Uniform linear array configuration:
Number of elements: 16
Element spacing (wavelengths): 0.5
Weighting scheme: kaiser
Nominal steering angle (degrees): -45
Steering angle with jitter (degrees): -43.061
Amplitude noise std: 0.05
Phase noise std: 0.05

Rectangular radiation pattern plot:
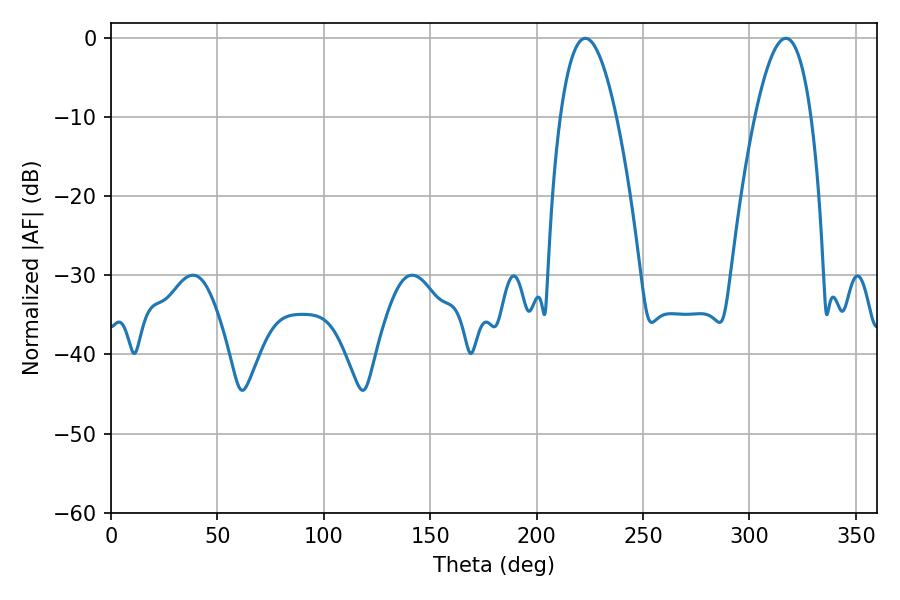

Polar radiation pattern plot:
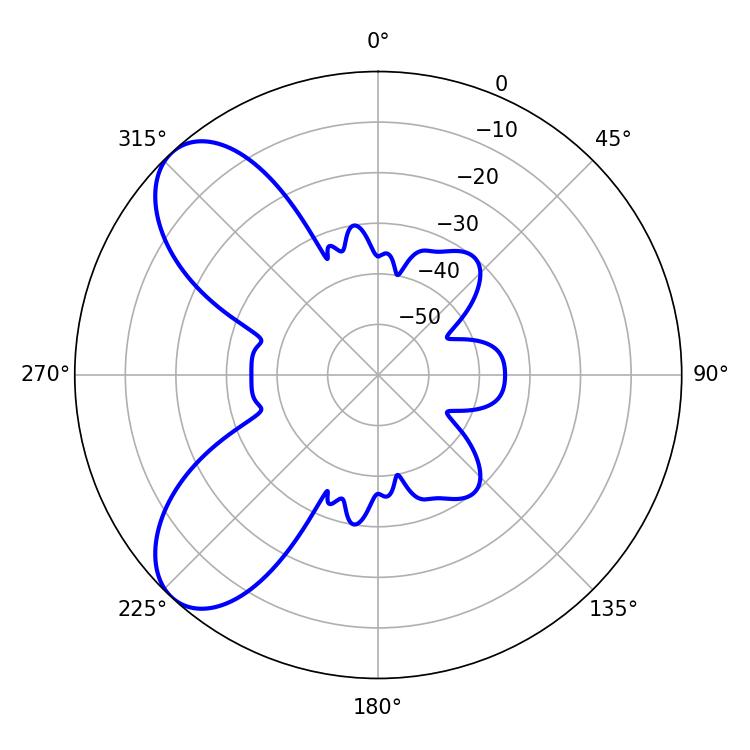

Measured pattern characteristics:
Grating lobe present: FALSE
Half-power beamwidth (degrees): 14.58
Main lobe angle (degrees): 222.84